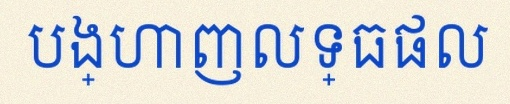
បង្ហាញលទ្ធផល